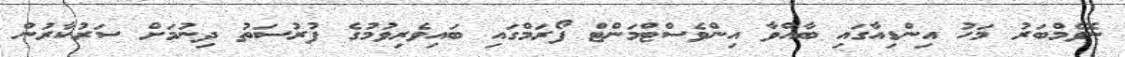
ނޮވެމްބަރު މަހު އިންޑިއާގައި ބާއްވާ އިންވެސްޓްމަންޓް ފޯރަމްގައި ބައިވެރިވުމުގެ ފުރުސަތު ދިނުމަށް ސަރުކާރުން